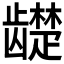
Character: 𬺓